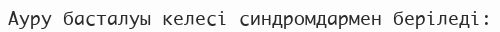
Ауру басталуы келесі синдромдармен беріледі: